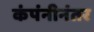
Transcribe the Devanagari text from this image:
कंपंनीनंतर